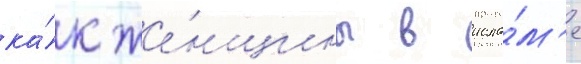
ка́к же́нщины в исла́м'е